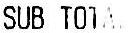
SUB TOTAL